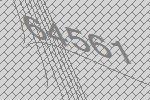
64561